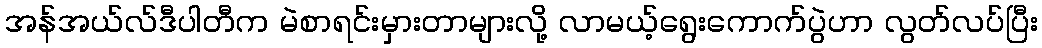
အန်အယ်လ်ဒီပါတီက မဲစာရင်းမှားတာများလို့ လာမယ့်ရွေးကောက်ပွဲဟာ လွတ်လပ်ပြီး